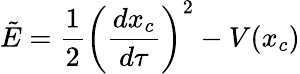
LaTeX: \tilde{E}={\frac{1}{2}}\left({\frac{dx_{c}}{d\tau}}\right)^{2}-V(x_{c})